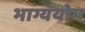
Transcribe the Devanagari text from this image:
भाग्ययोग